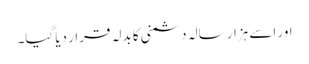
اور اسے ہزار سالہ دشمنی کا بدلہ قرار دیا گیا۔